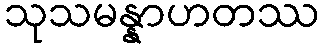
သုသမန္နာဟတဿ